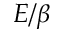
E / \beta